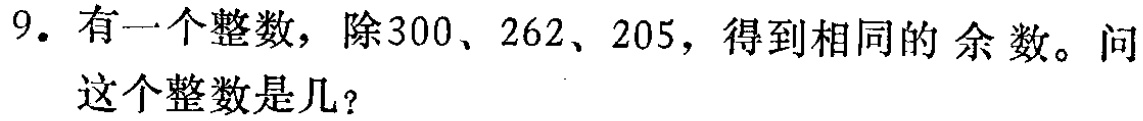
9. 有一个整数，除300、262、205，得到相同的 余 数。问这个整数是几？